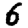
Digit: 6